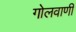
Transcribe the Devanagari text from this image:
गोलवाणी